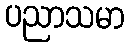
ပညာသမာ